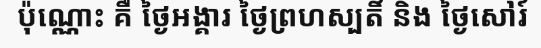
ប៉ុណ្ណោះ គឺ ថ្ងៃអង្គារ ថ្ងៃព្រហស្បតិ៍ និង ថ្ងៃសៅរ៍